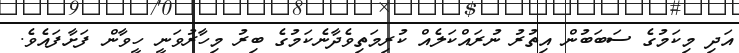
އަދި މިކަމުގެ ސަބަބުން އިތުރު ނުރައްކަލެއް ކުރިމަތިވެދާނެކަމުގެ ބިރު މިހާރުވަނީ ހީވާން ފަށާފައެވެ.